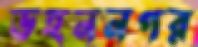
ডহননগর